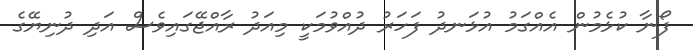
ފޯނާ ކުޅެމުން އެއްގަމު އުޅަނދު ފަހަރު ދުއްވުމަކީ މިއަދު ރާއްޖޭގައިވެސް އަދި ދުނިޔޭގެ